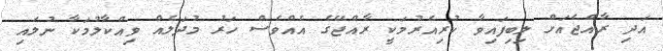
އަދި ރާއްޖެއަށް ލިބިފައިވާ ކުރިއެރުމަކީ ރާއްޖޭގެ އެއްވެސް ހަރު މުދަލެއް ވިއްކާލުމަކާ ނުލައި